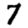
Digit: 7